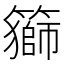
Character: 𥵍